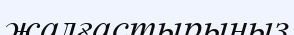
жалғастырыңыз